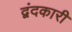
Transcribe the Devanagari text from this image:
द्वंदकारी